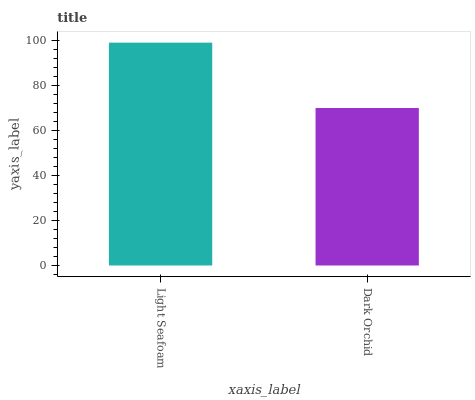
| xaxis_label | bars |
 | --- | --- |
 | Light Seafoam | 99 |
 | Dark Orchid | 70 |